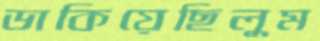
ডাকিয়েছিলুম